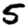
Digit: 5